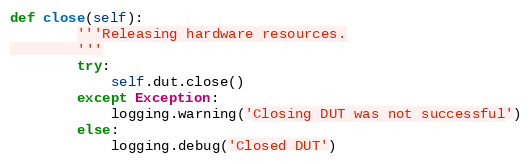
Language: Python
def close(self):
        '''Releasing hardware resources.
        '''
        try:
            self.dut.close()
        except Exception:
            logging.warning('Closing DUT was not successful')
        else:
            logging.debug('Closed DUT')